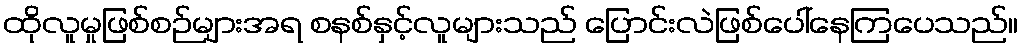
ထိုလူမှုဖြစ်စဉ်များအရ စနစ်နှင့်လူများသည် ပြောင်းလဲဖြစ်ပေါ်နေကြပေသည်။